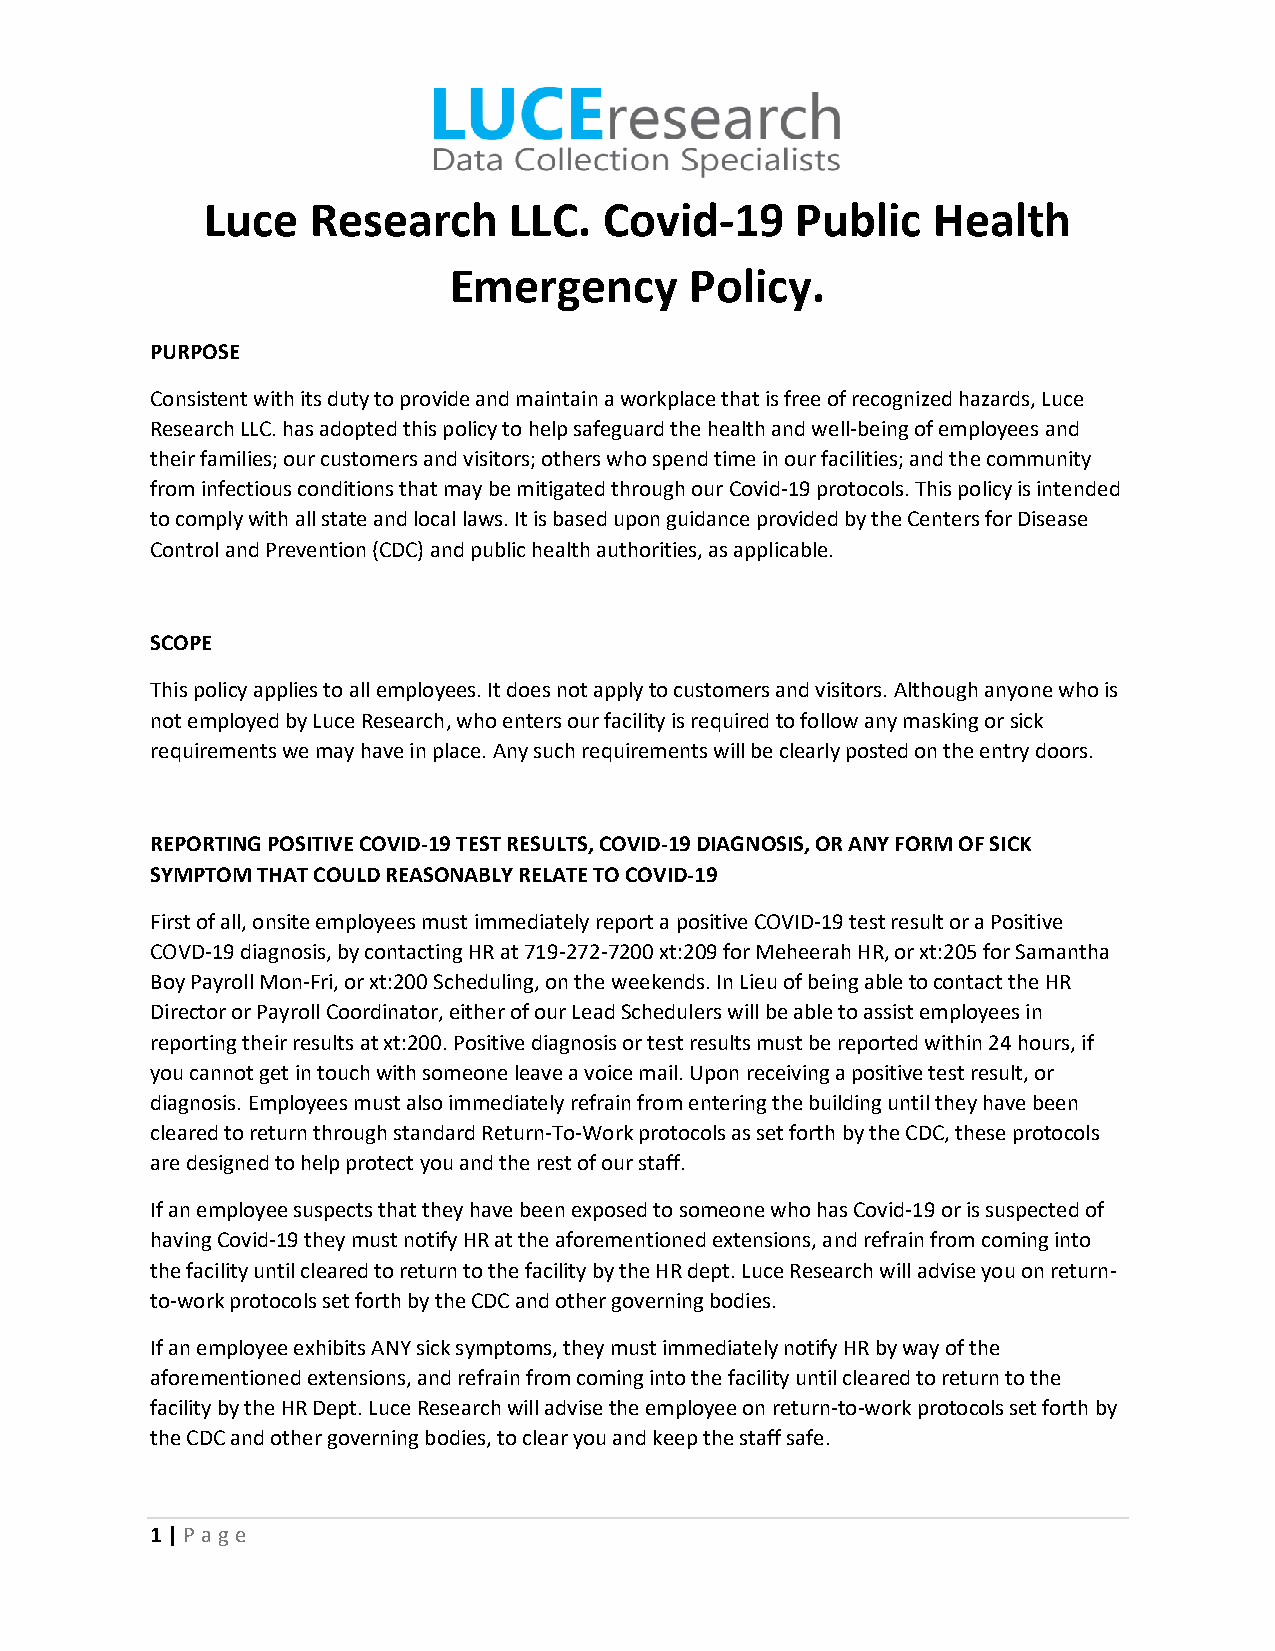
Luce  Research      LLC.  Covid-19     Public   Health
 Emergency       Policy.
 PURPOSE
 Consistent with its duty to provide and maintain a workplace that is free of recognized hazards, Luce
 Research LLC. has adopted this policy to help safeguard the health and well-being of employees and
 their families; our customers and visitors; others who spend time in our facilities; and the community
 from infectious conditions that may be mitigated through our Covid-19 protocols. This policy is intended
 to comply with all state and local laws. It is based upon guidance provided by the Centers for Disease
 Control and Prevention (CDC) and public health authorities, as applicable.
 SCOPE
 This policy applies to all employees. It does not apply to customers and visitors. Although anyone who is
 not employed by Luce Research, who enters our facility is required to follow any masking or sick
 requirements we may have in place. Any such requirements will be clearly posted on the entry doors.
 REPORTING POSITIVE COVID-19 TEST RESULTS, COVID-19 DIAGNOSIS, OR ANY FORM OF SICK
 SYMPTOM THAT COULD REASONABLY RELATE TO COVID-19
 First of all, onsite employees must immediately report a positive COVID-19 test result or a Positive
 COVD-19 diagnosis, by contacting HR at 719-272-7200 xt:209 for Meheerah HR, or xt:205 for Samantha
 Boy Payroll Mon-Fri, or xt:200 Scheduling, on the weekends. In Lieu of being able to contact the HR
 Director or Payroll Coordinator, either of our Lead Schedulers will be able to assist employees in
 reporting their results at xt:200. Positive diagnosis or test results must be reported within 24 hours, if
 you cannot get in touch with someone leave a voice mail. Upon receiving a positive test result, or
 diagnosis. Employees must also immediately refrain from entering the building until they have been
 cleared to return through standard Return-To-Work protocols as set forth by the CDC, these protocols
 are designed to help protect you and the rest of our staff.
 If an employee suspects that they have been exposed to someone who has Covid-19 or is suspected of
 having Covid-19 they must notify HR at the aforementioned extensions, and refrain from coming into
 the facility until cleared to return to the facility by the HR dept. Luce Research will advise you on return-
 to-work protocols set forth by the CDC and other governing bodies.
 If an employee exhibits ANY sick symptoms, they must immediately notify HR by way of the
 aforementioned extensions, and refrain from coming into the facility until cleared to return to the
 facility by the HR Dept. Luce Research will advise the employee on return-to-work protocols set forth by
 the CDC and other governing bodies, to clear you and keep the staff safe.
 1 | P age